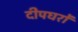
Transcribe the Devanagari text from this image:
दीपघरों